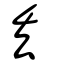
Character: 丢